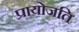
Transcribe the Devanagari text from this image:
प्रायोजति